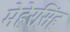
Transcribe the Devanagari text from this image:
मेहेरसिंह